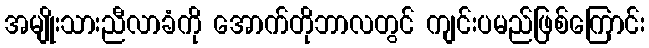
အမျိုးသားညီလာခံကို အောက်တိုဘာလတွင် ကျင်းပမည်ဖြစ်ကြောင်း